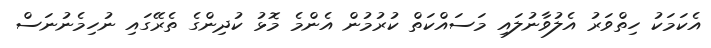
އެކަމަކު ހިތްވަރު އެލުވާނުލައި މަސައްކަތް ކުރުމުން އެންމެ މޮޅު ކުދިންގެ ތެރޭގައި ނުހިމެނުނަސް